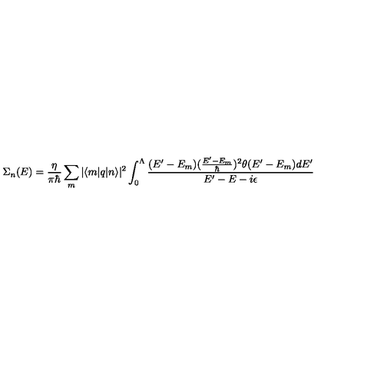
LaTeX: \Sigma _ { n } ( E ) = \frac { \eta } { \pi \hbar } \sum _ { m } | \langle m | q | n \rangle | ^ { 2 } \int _ { 0 } ^ { \Lambda } \frac { ( E ^ { \prime } - E _ { m } ) ( \frac { E ^ { \prime } - E _ { m } } { \hbar } ) ^ { 2 } \theta ( E ^ { \prime } - E _ { m } ) d E ^ { \prime } } { E ^ { \prime } - E - i \epsilon }